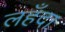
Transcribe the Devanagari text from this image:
लहँदा